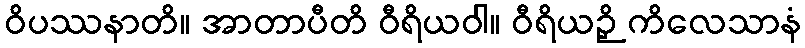
ဝိပဿနာတိ။ အာတာပီတိ ဝီရိယဝါ။ ဝီရိယဉှိ ကိလေသာနံ